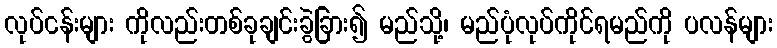
လုပ်ငန်းများ ကိုလည်းတစ်ခုချင်းခွဲခြား၍ မည်သို့၊ မည်ပုံလုပ်ကိုင်ရမည်ကို ပလန်များ